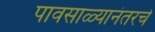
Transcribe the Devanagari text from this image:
पावसाळ्यानंतरचे